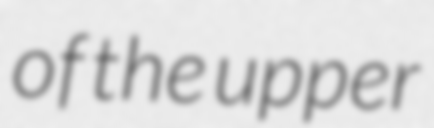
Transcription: of the upper